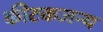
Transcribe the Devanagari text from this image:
कीटकजन्य